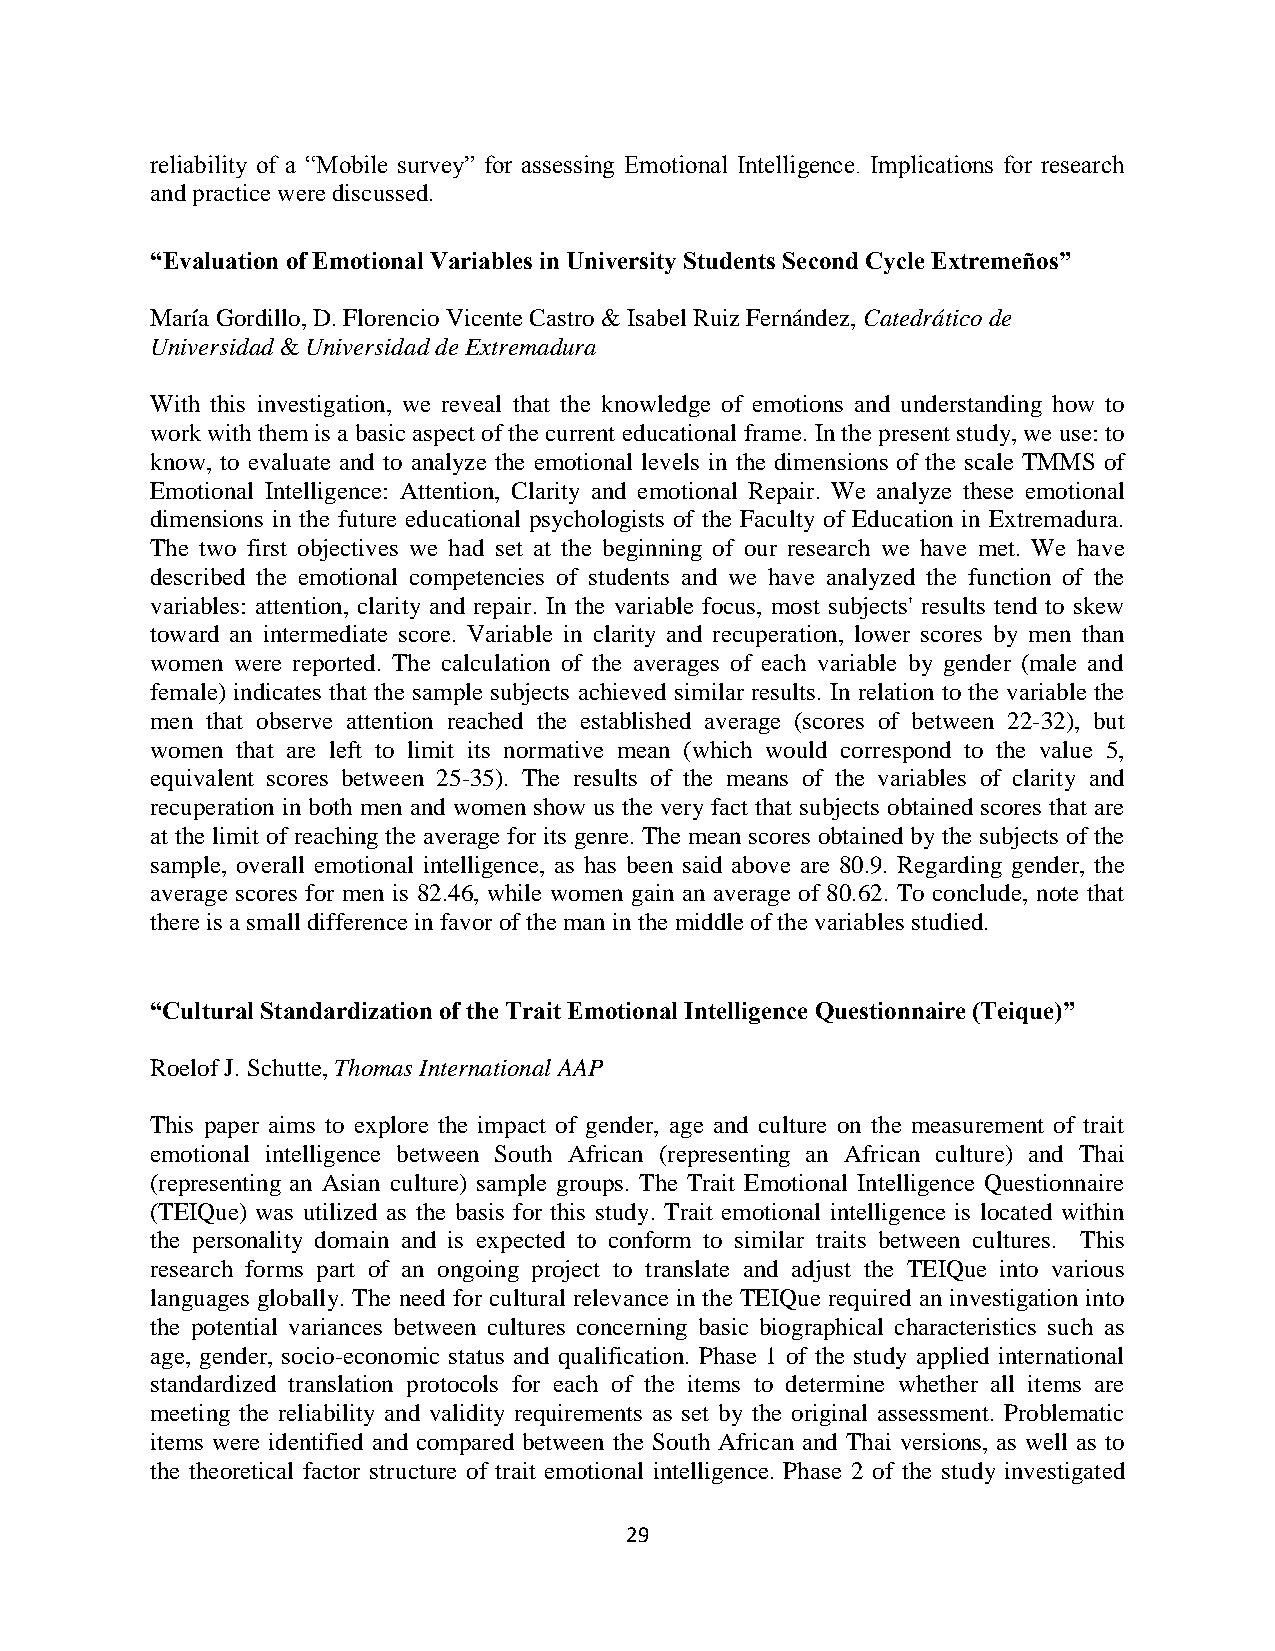
reliability of a “Mobile survey” for assessing Emotional Intelligence. Implications for research
 and practice were discussed.
 “Evaluation of Emotional Variables in University Students Second Cycle Extremeños”
 María Gordillo, D. Florencio Vicente Castro & Isabel Ruiz Fernández, Catedrático de
 Universidad & Universidad de Extremadura
 With this investigation, we reveal that the knowledge of emotions and understanding how to
 work with them is a basic aspect of the current educational frame. In the present study, we use: to
 know, to evaluate and to analyze the emotional levels in the dimensions of the scale TMMS of
 Emotional Intelligence: Attention, Clarity and emotional Repair. We analyze these emotional
 dimensions in the future educational psychologists of the Faculty of Education in Extremadura.
 The two first objectives we had set at the beginning of our research we have met. We have
 described the emotional competencies of students and we have analyzed the function of the
 variables: attention, clarity and repair. In the variable focus, most subjects' results tend to skew
 toward an intermediate score. Variable in clarity and recuperation, lower scores by men than
 women were reported. The calculation of the averages of each variable by gender (male and
 female) indicates that the sample subjects achieved similar results. In relation to the variable the
 men that observe attention reached the established average (scores of between 22-32), but
 women that are left to limit its normative mean (which would correspond to the value 5,
 equivalent scores between 25-35). The results of the means of the variables of clarity and
 recuperation in both men and women show us the very fact that subjects obtained scores that are
 at the limit of reaching the average for its genre. The mean scores obtained by the subjects of the
 sample, overall emotional intelligence, as has been said above are 80.9. Regarding gender, the
 average scores for men is 82.46, while women gain an average of 80.62. To conclude, note that
 there is a small difference in favor of the man in the middle of the variables studied.
 “Cultural Standardization of the Trait Emotional Intelligence Questionnaire (Teique)”
 Roelof J. Schutte, Thomas International AAP
 This paper aims to explore the impact of gender, age and culture on the measurement of trait
 emotional intelligence between South African (representing an African culture) and Thai
 (representing an Asian culture) sample groups. The Trait Emotional Intelligence Questionnaire
 (TEIQue) was utilized as the basis for this study. Trait emotional intelligence is located within
 the personality domain and is expected to conform to similar traits between cultures. This
 research forms part of an ongoing project to translate and adjust the TEIQue into various
 languages globally. The need for cultural relevance in the TEIQue required an investigation into
 the potential variances between cultures concerning basic biographical characteristics such as
 age, gender, socio-economic status and qualification. Phase 1 of the study applied international
 standardized translation protocols for each of the items to determine whether all items are
 meeting the reliability and validity requirements as set by the original assessment. Problematic
 items were identified and compared between the South African and Thai versions, as well as to
 the theoretical factor structure of trait emotional intelligence. Phase 2 of the study investigated
 29